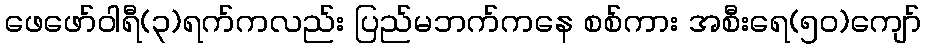
ဖေဖော်ဝါရီ(၃)ရက်ကလည်း ပြည်မဘက်ကနေ စစ်ကား အစီးရေ(၅၀)ကျော်